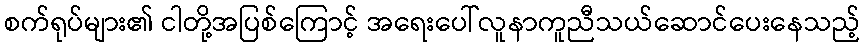
စက်ရုပ်များ၏ ငါတို့အပြစ်ကြောင့် အရေးပေါ်လူနာကူညီသယ်ဆောင်ပေးနေသည့်